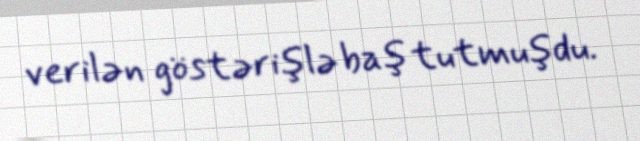
verilən göstərişlə baş tutmuşdu.